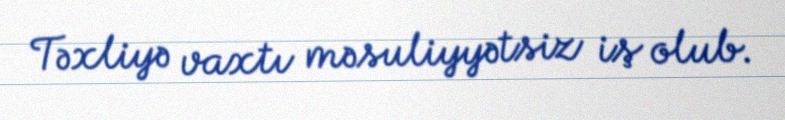
Təxliyə vaxtı məsuliyyətsiz iş olub.